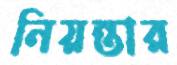
নিয়ন্তার